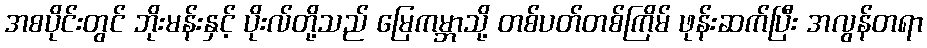
အစပိုင်းတွင် ဘိုးမန်းနှင့် ပိုးလ်တို့သည် မြေကမ္ဘာသို့ တစ်ပတ်တစ်ကြိမ် ဖုန်းဆက်ပြီး အလွန်တရာ